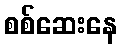
စစ်ဆေးနေ